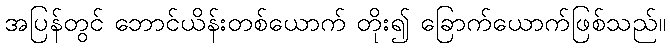
အပြန်တွင် ဘောင်ယိန်းတစ်ယောက် တိုး၍ ခြောက်ယောက်ဖြစ်သည်။